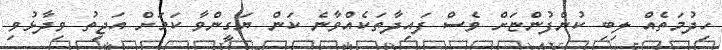
ހިދުމަތެއް ލިބި ކުންފުންޏަށް ވެސް ފައިދާތަކެއްވާނެ ކަން ޔަގީންވާ ކަމަށް އަޖިތު ވިދާޅުވި